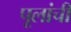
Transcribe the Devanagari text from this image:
पूलांची